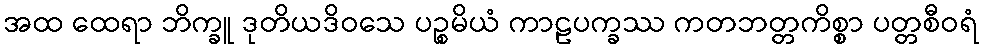
အထ ထေရာ ဘိက္ခူ ဒုတိယဒိဝသေ ပဉ္စမိယံ ကာဠပက္ခဿ ကတဘတ္တကိစ္စာ ပတ္တစီဝရံ